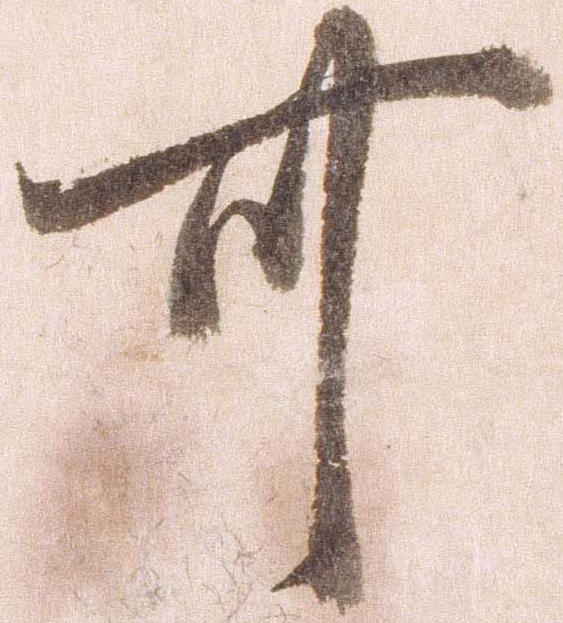
可